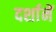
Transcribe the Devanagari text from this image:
दर्शानें